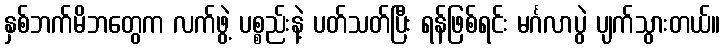
နှစ်ဘက်မိဘတွေက လက်ဖွဲ့ ပစ္စည်းနဲ့ ပတ်သတ်ပြီး ရန်ဖြစ်ရင်း မင်္ဂလာပွဲ ပျက်သွားတယ်။